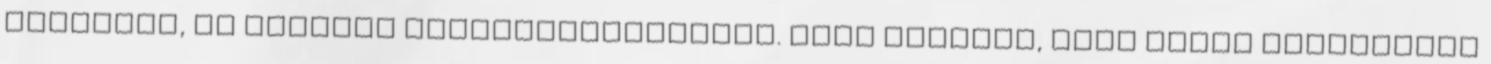
iskolába, és gyakran hátrapillantottam. Vagy megunta, hogy hiába leskelődik